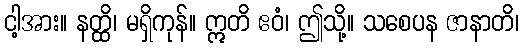
ငါ့အား။ နတ္ထိ၊ မရှိကုန်။ ဣတိ ဧဝံ၊ ဤသို့။ သစေပန ဇာနာတိ၊